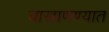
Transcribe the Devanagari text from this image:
वाखाणण्यात